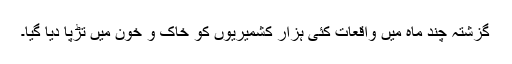
گزشتہ چند ماہ میں واقعات کئی ہزار کشمیریوں کو خاک و خون میں تڑپا دیا گیا۔